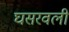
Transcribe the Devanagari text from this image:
घसरवली